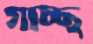
গাচ্ছ